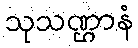
သုသဏ္ဌာနံ